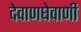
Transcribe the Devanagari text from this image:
देवाणघेवाणी